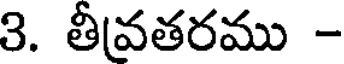
3. తీవతరము -